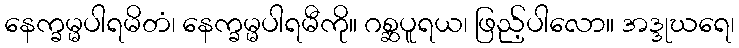
နေက္ခမ္မပါရမိတံ၊ နေက္ခမ္မပါရမီကို။ ဂစ္ဆပူရယ၊ ဖြည့်ပါလော။ အဒ္ဒုဃရေ၊